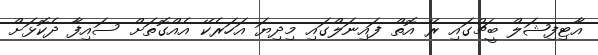
އާޓިފިޝަލް ބީޗުގައި ރޭ އޮތް ފައިނަލްގައި މިދިޔަ އަހަރެކޭ އެއްގޮތަށް ސައިފާ ދެކޮޅަށް